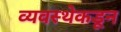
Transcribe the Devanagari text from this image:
व्यवस्थेकडून